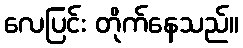
လေပြင်း တိုက်နေသည်။